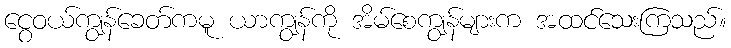
ငွေဝယ်ကျွန်ခေတ်ကမူ ယာကျွန်ကို အိမ်စေကျွန်များက အထင်သေးကြသည်။